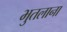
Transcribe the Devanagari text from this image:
भुतलाना